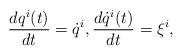
LaTeX: \begin{align*} \frac{dq^i(t)}{dt}&=\dot{q}^i, \frac{d\dot{q}^i(t)}{dt}=\xi^i, \end{align*}